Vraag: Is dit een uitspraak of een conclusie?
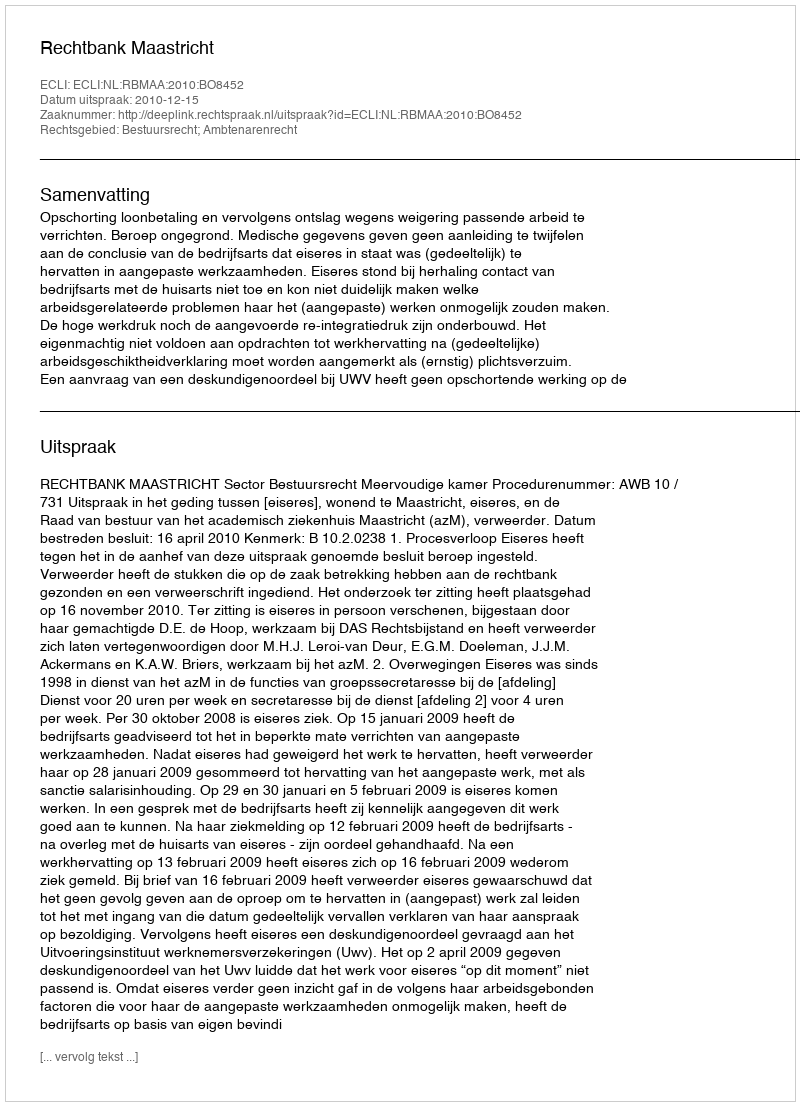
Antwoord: Uitspraak